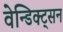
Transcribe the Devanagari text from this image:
वेन्डिक्ट्सन